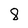
Character: 8